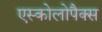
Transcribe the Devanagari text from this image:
एस्कोलोपैक्स